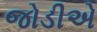
જોડીએ